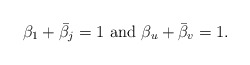
\begin{align*}\beta_1 + \bar{\beta_j} = 1 \,\, {\rm and }\,\, \beta_u + \bar{\beta}_v=1.\end{align*}